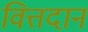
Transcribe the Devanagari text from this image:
वित्तदान